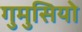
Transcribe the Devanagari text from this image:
गुमुसियो